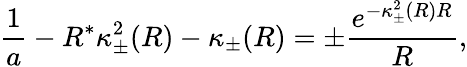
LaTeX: \frac{1}{a}-R^{*}\kappa_{\pm}^{2}(R)-\kappa_{\pm}(R)=\pm\frac{e^{-\kappa_{\pm}^{2}(R)R}}{R},